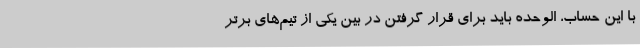
با این حساب، الوحده باید برای قرار گرفتن در بین یکی از تیم‌های برتر